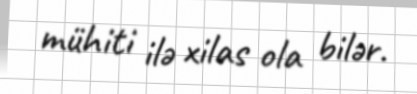
mühiti ilə xilas ola bilər.